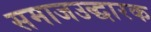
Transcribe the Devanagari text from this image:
समाजउद्धारक